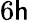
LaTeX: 6\mathsf{h}